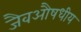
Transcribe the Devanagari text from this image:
जैवऔषधीय